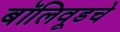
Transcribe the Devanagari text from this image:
बॉलिवूडचे